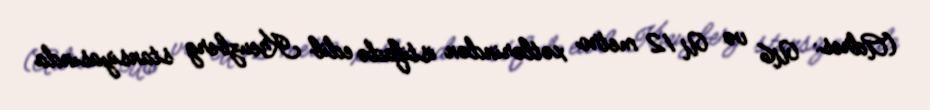
(Adres: U6 və U 12 metro xətlərindən istifadə edib Kreuzberg stansiyasında